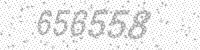
Solution: 656558